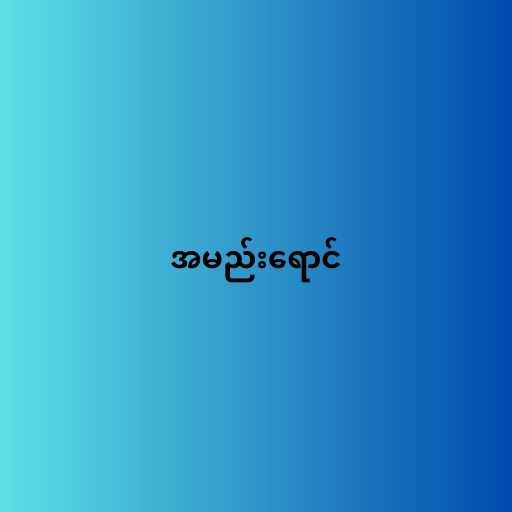
အမည်းရောင်